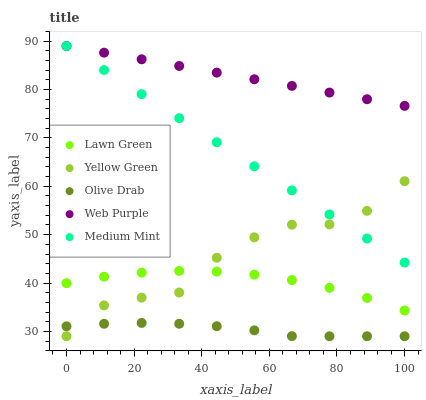
| xaxis_label | Lawn Green | Yellow Green | Olive Drab | Web Purple | Medium Mint |
 | --- | --- | --- | --- | --- | --- |
 | 0 | 40 | 29 | 31.1 | 89 | 89 |
 | 11.1 | 41.3 | 35.4 | 31.6 | 87.6 | 84 |
 | 22.2 | 42.1 | 37 | 31.8 | 86.3 | 79.1 |
 | 33.3 | 42.5 | 38 | 31.6 | 84.9 | 74.1 |
 | 44.4 | 42.4 | 45.2 | 31.1 | 83.5 | 69.1 |
 | 55.6 | 41.7 | 49.4 | 30.2 | 82.1 | 64.1 |
 | 66.7 | 40.6 | 52.1 | 29 | 80.8 | 59.2 |
 | 77.8 | 39 | 52.1 | 29 | 79.4 | 54.2 |
 | 88.9 | 36.9 | 54.9 | 29 | 78 | 49.2 |
 | 100 | 34.3 | 61.1 | 29 | 76.6 | 44.2 |